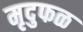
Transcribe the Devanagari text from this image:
मृदुफळ